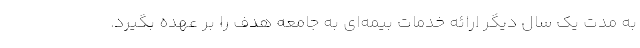
به مدت یک سال دیگر ارائه خدمات بیمه‌ای به جامعه هدف را بر عهده بگیرد.